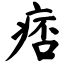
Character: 痞